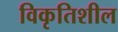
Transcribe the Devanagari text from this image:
विकृतिशील